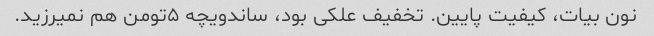
نون بیات، کیفیت پایین. تخفیف علکی بود، ساندویچه ۵تومن هم نمیرزید.